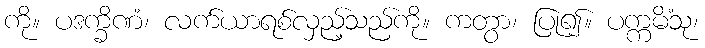
ကို။ ပဒက္ခိဏံ၊ လက်ယာရစ်လှည့်သည်ကို။ ကတွာ၊ ပြု၍။ ပက္ကမိံသု၊